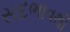
સદભાવથી